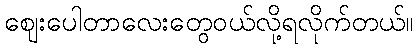
ဈေးပေါတာလေးတွေဝယ်လို့ရလိုက်တယ်။